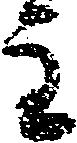
主